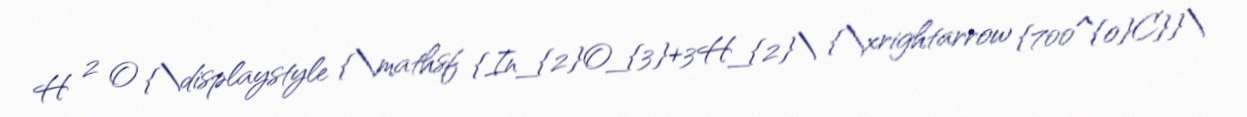
H 2 O {\displaystyle {\mathsf {In_{2}O_{3}+3H_{2}\ {\xrightarrow {700^{o}C}}\